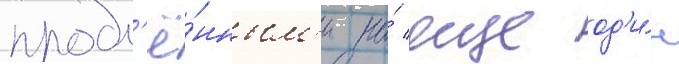
продл'ё́нным'и на́ еще од'и́н